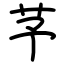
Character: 芧